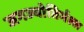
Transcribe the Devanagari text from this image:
जगज्योतिर्मल्ल